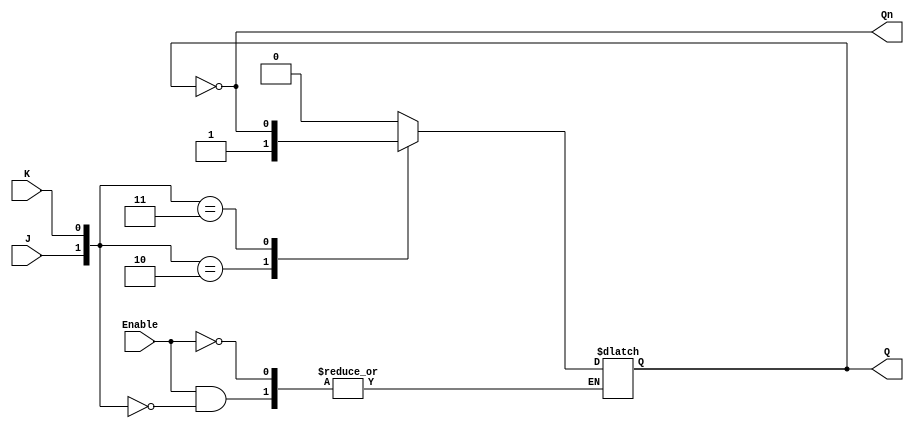
module GatedJKLatch (
    input wire J,          // Set input
    input wire K,          // Reset input
    input wire Enable,     // Control signal
    output reg Q,          // Current state
    output wire Qn         // Inverted output
);

    // Inverted output Q'
    assign Qn = ~Q;

    always @ (Enable or J or K) begin
        if (Enable) begin
            case ({J, K})
                2'b00: Q <= Q;          // No change
                2'b01: Q <= 1'b0;       // Reset
                2'b10: Q <= 1'b1;       // Set
                2'b11: Q <= ~Q;         // Toggle
                default: Q <= Q;        // Default case to maintain state
            endcase
        end
    end
endmodule